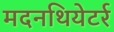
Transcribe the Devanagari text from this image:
मदनथियेटर्र